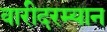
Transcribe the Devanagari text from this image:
वारीदरम्यान